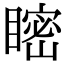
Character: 𥉴